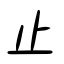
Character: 止